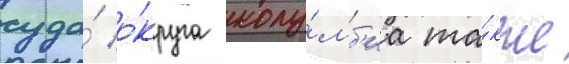
суда́ о́круга колу́мб'иа та́кже